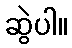
ဆွဲပါ။